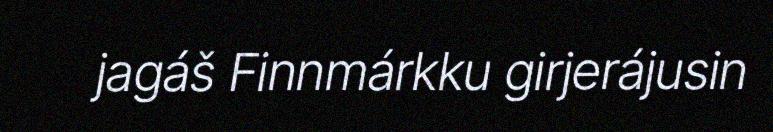
jagáš Finnmárkku girjerájusin